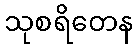
သုစရိတေန